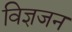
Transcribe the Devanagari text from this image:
विज्ञजन